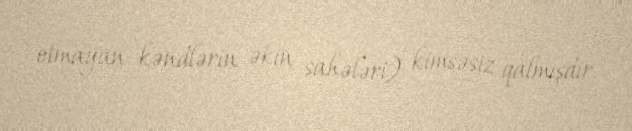
olmayan kəndlərin əkin sahələri) kimsəsiz qalmışdır.